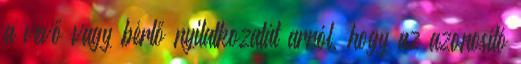
a vevő vagy bérlő nyilatkozatát arról, hogy az azonosító